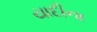
યાદીના